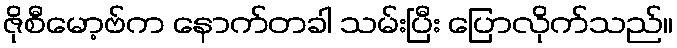
ဇိုစီမော့ဗ်က နောက်တခါ သမ်းပြီး ပြောလိုက်သည်။